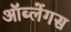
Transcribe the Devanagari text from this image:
ऑब्लेंगस